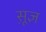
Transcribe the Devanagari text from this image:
सू़ज्ञ